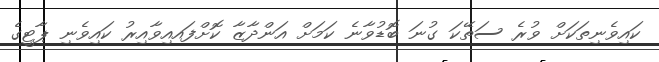
ކައިވެނިތަކަށް ވުރެ ސަތޭކަ ގުނަ ބޮޑުވާނެ ކަމަށް އަންދާޒާ ކޮށްފައއިވާއިރު ކައިވެނި ޕާޓީގެ